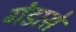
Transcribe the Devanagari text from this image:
गंडासे